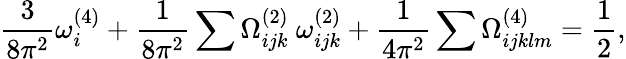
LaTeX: \frac{3}{8\pi^{2}}\omega_{i}^{(4)}+\frac{1}{8\pi^{2}}\sum\Omega_{ijk}^{(2)}~\omega_{ijk}^{(2)}+\frac{1}{4\pi^{2}}\sum\Omega_{ijklm}^{(4)}=\frac{1}{2},